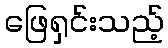
ဖြေရှင်းသည့်